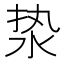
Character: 𰛣